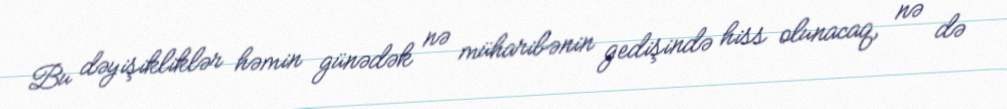
Bu dəyişikliklər həmin günədək nə müharibənin gedişində hiss olunacaq, nə də